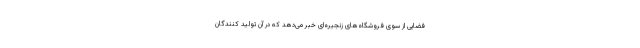
فضایی از سوی فروشگاه‌های زنجیره‌ای خبر می‌دهد که در آن تولید کنندگان